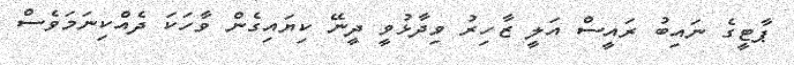
ޕާޓީގެ ނައިބު ރައީސް އަލީ ޒާހިރު ވިދާޅުވީ ދީނޭ ކިޔައިގެން ވާހަކަ ދެއްކިނަމަވެސް